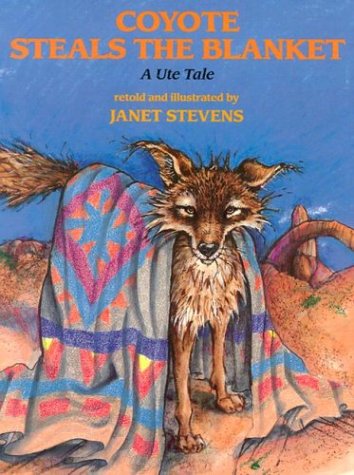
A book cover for Coyote Steals the Blanket (Ute Tales); Children's Books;